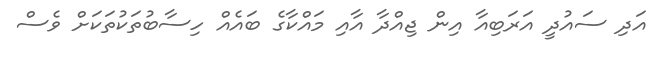
އަދި ސައުދީ އަރަބިއާ އިން ޖިއްދާ އާއި މައްކާގެ ބައެއް ހިސާބުތަކުތަަކަށް ވެސް